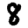
Digit: 8